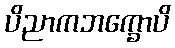
ပိညာကဘက္ခောပိ